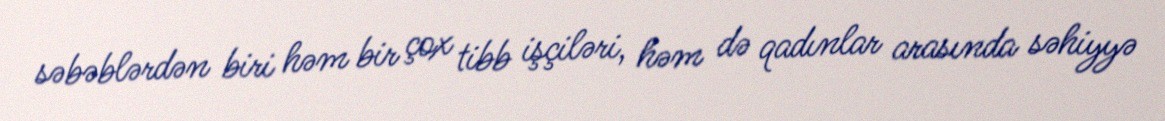
səbəblərdən biri həm bir çox tibb işçiləri, həm də qadınlar arasında səhiyyə